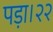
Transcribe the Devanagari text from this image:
पड़ा।२२